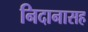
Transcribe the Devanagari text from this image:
निदानासह